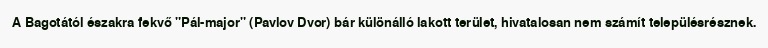
A Bagotától északra fekvő "Pál-major" (Pavlov Dvor) bár különálló lakott terület, hivatalosan nem számít településrésznek.